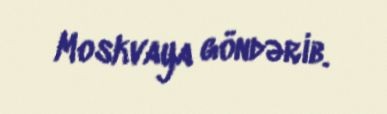
Moskvaya göndərib.